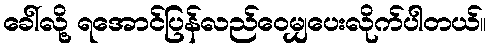
ခေါ်လို့ ရအောင်ပြန်လည်ဝေမျှပေးလိုက်ပါတယ်။